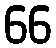
66